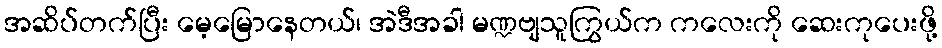
အဆိပ်တက်ပြီး မေ့မြောနေတယ်၊ အဲဒီအခါ မဏ္ဍဗျသူကြွယ်က ကလေးကို ဆေးကုပေးဖို့